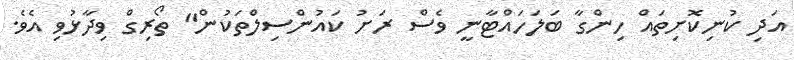
އަދި ކުނިކޮށިތައް ހިންގާ ބަލަހައްޓާނީ ވެސް ރަށު ކައުންސިލްތަކުން" ތޯރިގް ވިދާޅުވި އެވެ.